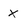
Character: x